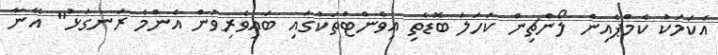
އެކަމަކު ކެމްޕެއިން ލޯންޗިން ކަހަލަ ބޮޑެތި އިވެންޓްތަކުގައި ބައިވެރިވުން އެންމެ ރަނގަޅު" އޭނާ